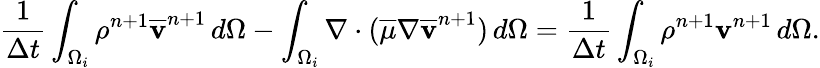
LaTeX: \frac{1}{\Delta t}\int_{\Omega_{i}}\rho^{n+1}\overline{{\mathbf v}}^{n+1}\, d\Omega-\int_{\Omega_{i}}\nabla\cdot(\overline{{\mu}}\nabla\overline{{\mathbf v}}^{n+1})\, d\Omega=\frac{1}{\Delta t}\int_{\Omega_{i}}\rho^{n+1}\mathbf v^{n+1}\, d\Omega.